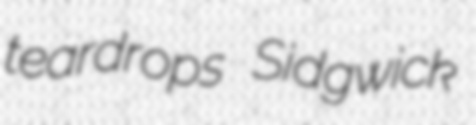
teardrops Sidgwick